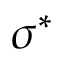
\sigma ^ { * }